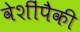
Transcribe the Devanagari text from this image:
वेशींपैकी